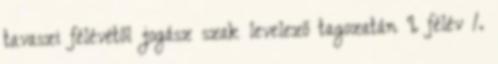
tavaszi félévétől jogász szak levelező tagozatán I. félév 1.